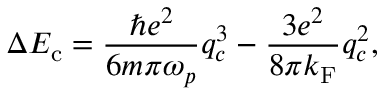
\Delta E _ { \mathrm { c } } = \frac { \hbar e ^ { 2 } } { 6 m \pi \omega _ { p } } q _ { c } ^ { 3 } - \frac { 3 e ^ { 2 } } { 8 \pi k _ { \mathrm { F } } } q _ { c } ^ { 2 } ,